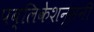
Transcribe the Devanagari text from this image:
पब्लिकेशन्सनी